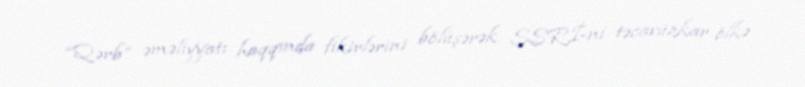
“Qərb” əməliyyatı haqqında fikirlərini bölüşərək SSRİ-ni təcavüzkar ölkə